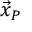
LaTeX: { \vec { x } } _ { P }